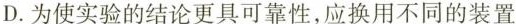
D.为使实验的结论更具可靠性，应换用不同的装置